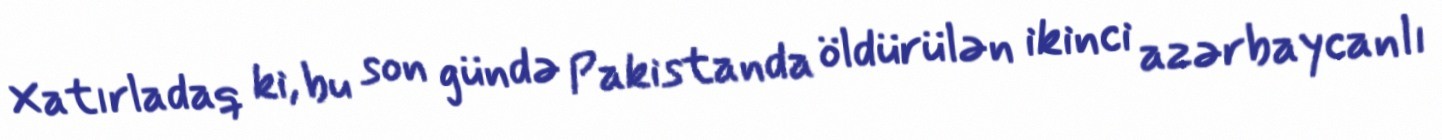
Xatırladaq ki, bu son gündə Pakistanda öldürülən ikinci azərbaycanlı